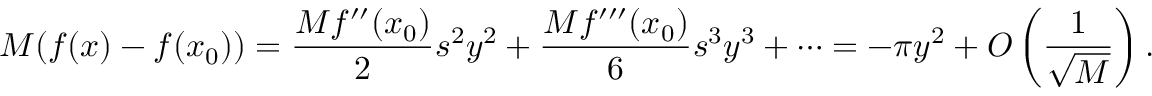
M ( f ( x ) - f ( x _ { 0 } ) ) = { \frac { M f ^ { \prime \prime } ( x _ { 0 } ) } { 2 } } s ^ { 2 } y ^ { 2 } + { \frac { M f ^ { \prime \prime \prime } ( x _ { 0 } ) } { 6 } } s ^ { 3 } y ^ { 3 } + \cdots = - \pi y ^ { 2 } + O \left( { \frac { 1 } { \sqrt { M } } } \right) .